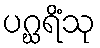
ပဂ္ဃရိံသု